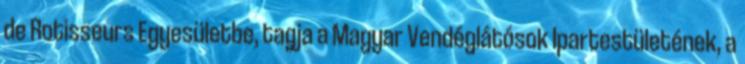
de Rotisseurs Egyesületbe, tagja a Magyar Vendéglátósok Ipartestületének, a